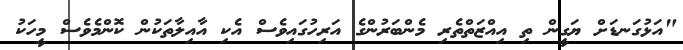
"އަޅުގަނޑަށް ޔަގީން ތި އިއްޒަތްތެރި މެންބަރުންގެ އަރިހުގައިވެސް އެކި އާއިލާތަކުން ކޮންމެވެސް މީހަކު